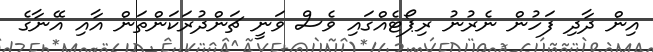
އިން ދާދި ފަހުން ނެރުނު ރިޕޯޓެއްގައި ވެސް ވަނީ ޗަންދުރަކަންތަން އާއި އޭނާގެ